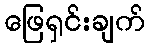
ဖြေရှင်းချက်